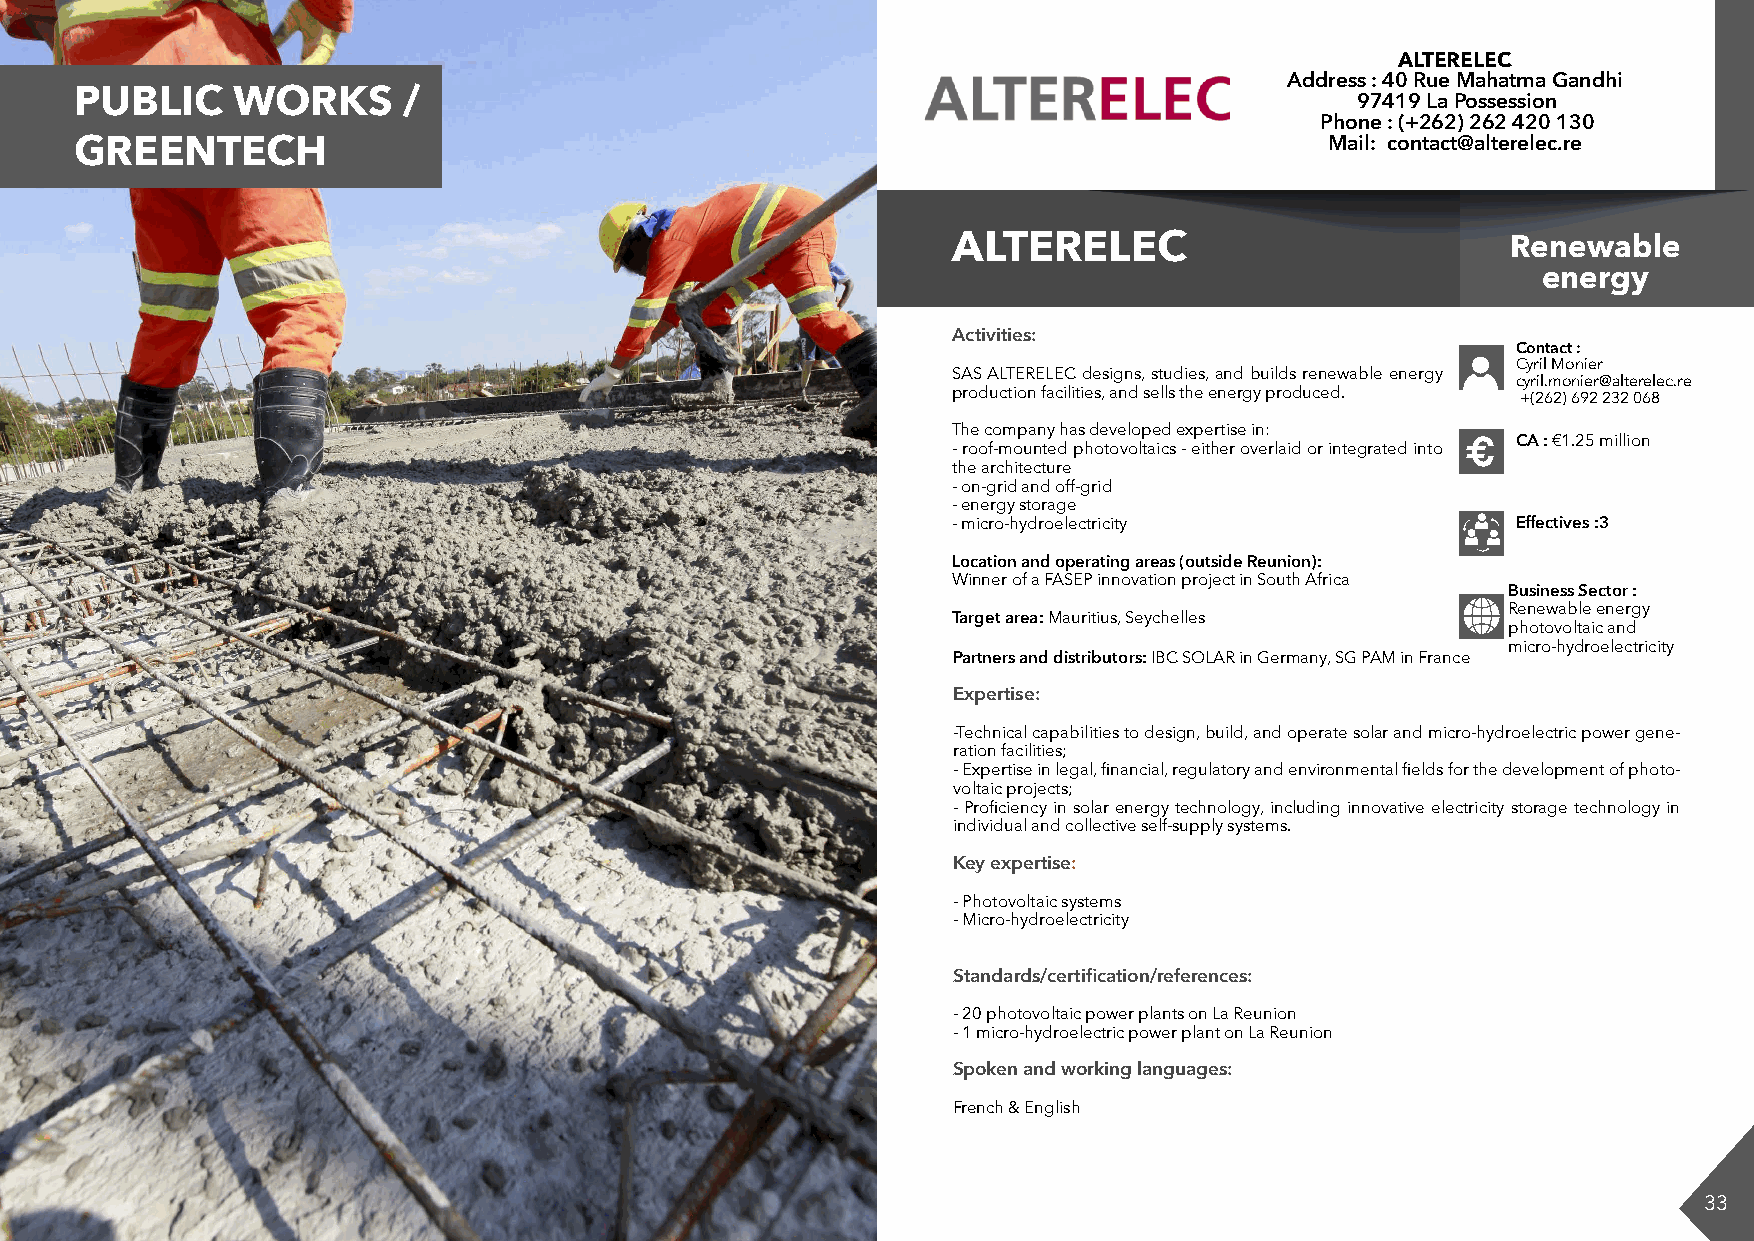
ALTERELEC
 Address : 40 Rue Mahatma Gandhi
 PUBLIC    WORKS       /                                                              97419 La Possession
 Phone : (+262) 262 420 130
 FORMATION
 GREENTECH                                                                          Mail: contact@alterelec.re
 ALTERELEC                            Renewable
 energy
 Activities:
 Contact :
 Cyril Monier
 SAS ALTERELEC designs, studies, and builds renewable energy
 cyril.monier@alterelec.re
 production facilities, and sells the energy produced. +(262) 692 232 068
 The company has developed expertise in:
 CA : €1.25 million
 - roof-mounted photovoltaics - either overlaid or integrated into €
 the architecture
 - on-grid and off-grid
 - energy storage
 - micro-hydroelectricity             Effectives :3
 Location and operating areas (outside Reunion):
 Winner of a FASEP innovation project in South Africa
 INDUSTRIE                                                                      Business Sector :
 Renewable energy
 Target area: Mauritius, Seychelles
 photovoltaic and
 micro-hydroelectricity
 Partners and distributors: IBC SOLAR in Germany, SG PAM in France
 Expertise:
 -Technical capabilities to design, build, and operate solar and micro-hydroelectric power gene-
 ration facilities;
 - Expertise in legal, financial, regulatory and environmental fields for the development of photo-
 voltaic projects;
 - Proficiency in solar energy technology, including innovative electricity storage technology in
 individual and collective self-supply systems.
 Key expertise:
 - Photovoltaic systems
 - Micro-hydroelectricity
 Standards/certification/references:
 - 20 photovoltaic power plants on La Reunion
 - 1 micro-hydroelectric power plant on La Reunion
 Spoken and working languages:
 French & English
 32                                                                                                              33